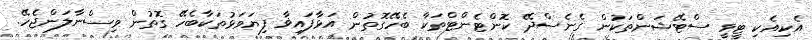
އެކިއެކި ޓީވީ ސްޓޭޝަންތަކުން ގެނެސްދޭ ކޮންޓެންޓްތަކާ ބެހޭގޮތުން އަޅާފައިޥާ ފިޔަވަޅުތަކާބެހޭ ގޮތުން ވިސްނާލަންޖެހޭ.